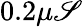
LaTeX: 0.2\mu\mathscr{S}